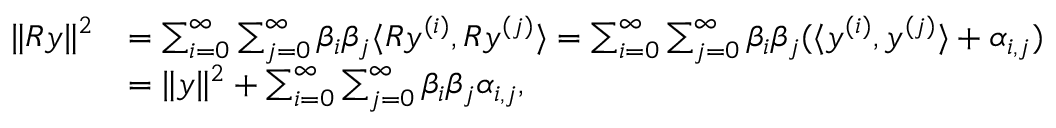
\begin{array} { r l } { \| R y \| ^ { 2 } } & { = \sum _ { i = 0 } ^ { \infty } \sum _ { j = 0 } ^ { \infty } \beta _ { i } \beta _ { j } \langle R y ^ { ( i ) } , R y ^ { ( j ) } \rangle = \sum _ { i = 0 } ^ { \infty } \sum _ { j = 0 } ^ { \infty } \beta _ { i } \beta _ { j } ( \langle y ^ { ( i ) } , y ^ { ( j ) } \rangle + \alpha _ { i , j } ) } \\ & { = \| y \| ^ { 2 } + \sum _ { i = 0 } ^ { \infty } \sum _ { j = 0 } ^ { \infty } \beta _ { i } \beta _ { j } \alpha _ { i , j } , } \end{array}